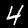
Label: 4